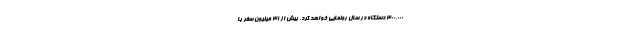
300.000 دستگاه در سال رونمایی خواهد کرد. بیش از ۳۱ میلیون سفر با